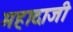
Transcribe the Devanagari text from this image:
महादाजी